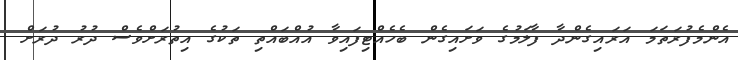
އެންމެފުރަތަމަ އަރައިގެންދާ ފާލަމުގެ ވަށައިގެން ބެހެއްޓިފައިވާ އުއްބައްތި ތަކުގެ އިތުރަށްވެސް ދުރު ދުރަށް